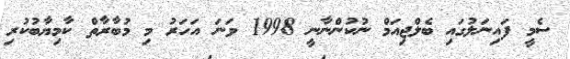
ސެމީ ފައިނަލުގައި ބެލްޖިއަމް ނުކުންނާނީ 1998 ވަނަ އަހަރު މި މުބާރާތް ކާމިޔާބުކުރި